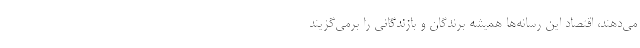
می‌دهند، اقتصادِ این رسانه‌ها همیشه برندگان و بازندگانی را برمی‌گزیند